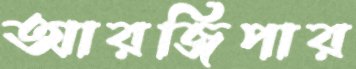
আরজিপার